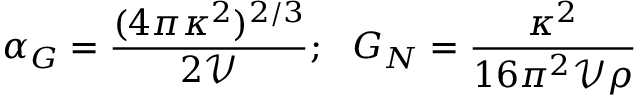
\alpha _ { G } = { \frac { ( 4 \pi \kappa ^ { 2 } ) ^ { 2 / 3 } } { 2 \mathcal { V } } } ; \, \, \, \, G _ { N } = { \frac { \kappa ^ { 2 } } { 1 6 \pi ^ { 2 } \mathcal { V } \rho } }